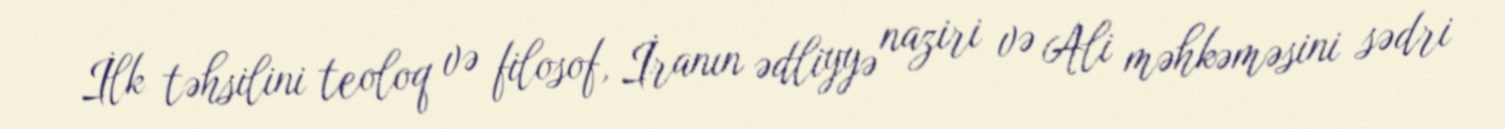
İlk təhsilini teoloq və filosof, İranın ədliyyə naziri və Ali məhkəməsini sədri